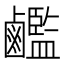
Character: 𪊇